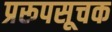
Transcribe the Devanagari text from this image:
प्ररूपसूचक